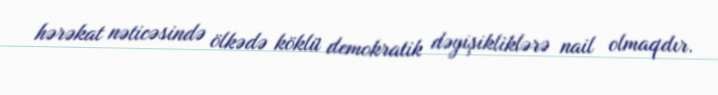
hərəkat nəticəsində ölkədə köklü demokratik dəyişikliklərə nail olmaqdır.